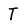
Character: T